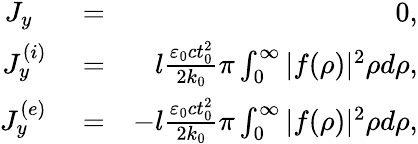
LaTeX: \begin{array}{rlr}{J_{y}\, \, \, }&{{}=}&{0,}\\ {J_{y}^{(i)}}&{{}=}&{l\frac{\varepsilon_{0}ct_{0}^{2}}{2k_{0}}\pi\int_{0}^{\infty}|f(\rho)|^{2}\rho d\rho,}\\ {J_{y}^{(e)}}&{{}=}&{-l\frac{\varepsilon_{0}ct_{0}^{2}}{2k_{0}}\pi\int_{0}^{\infty}|f(\rho)|^{2}\rho d\rho,}\end{array}